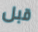
قبل